Voru_kinnistusamet, lk 18
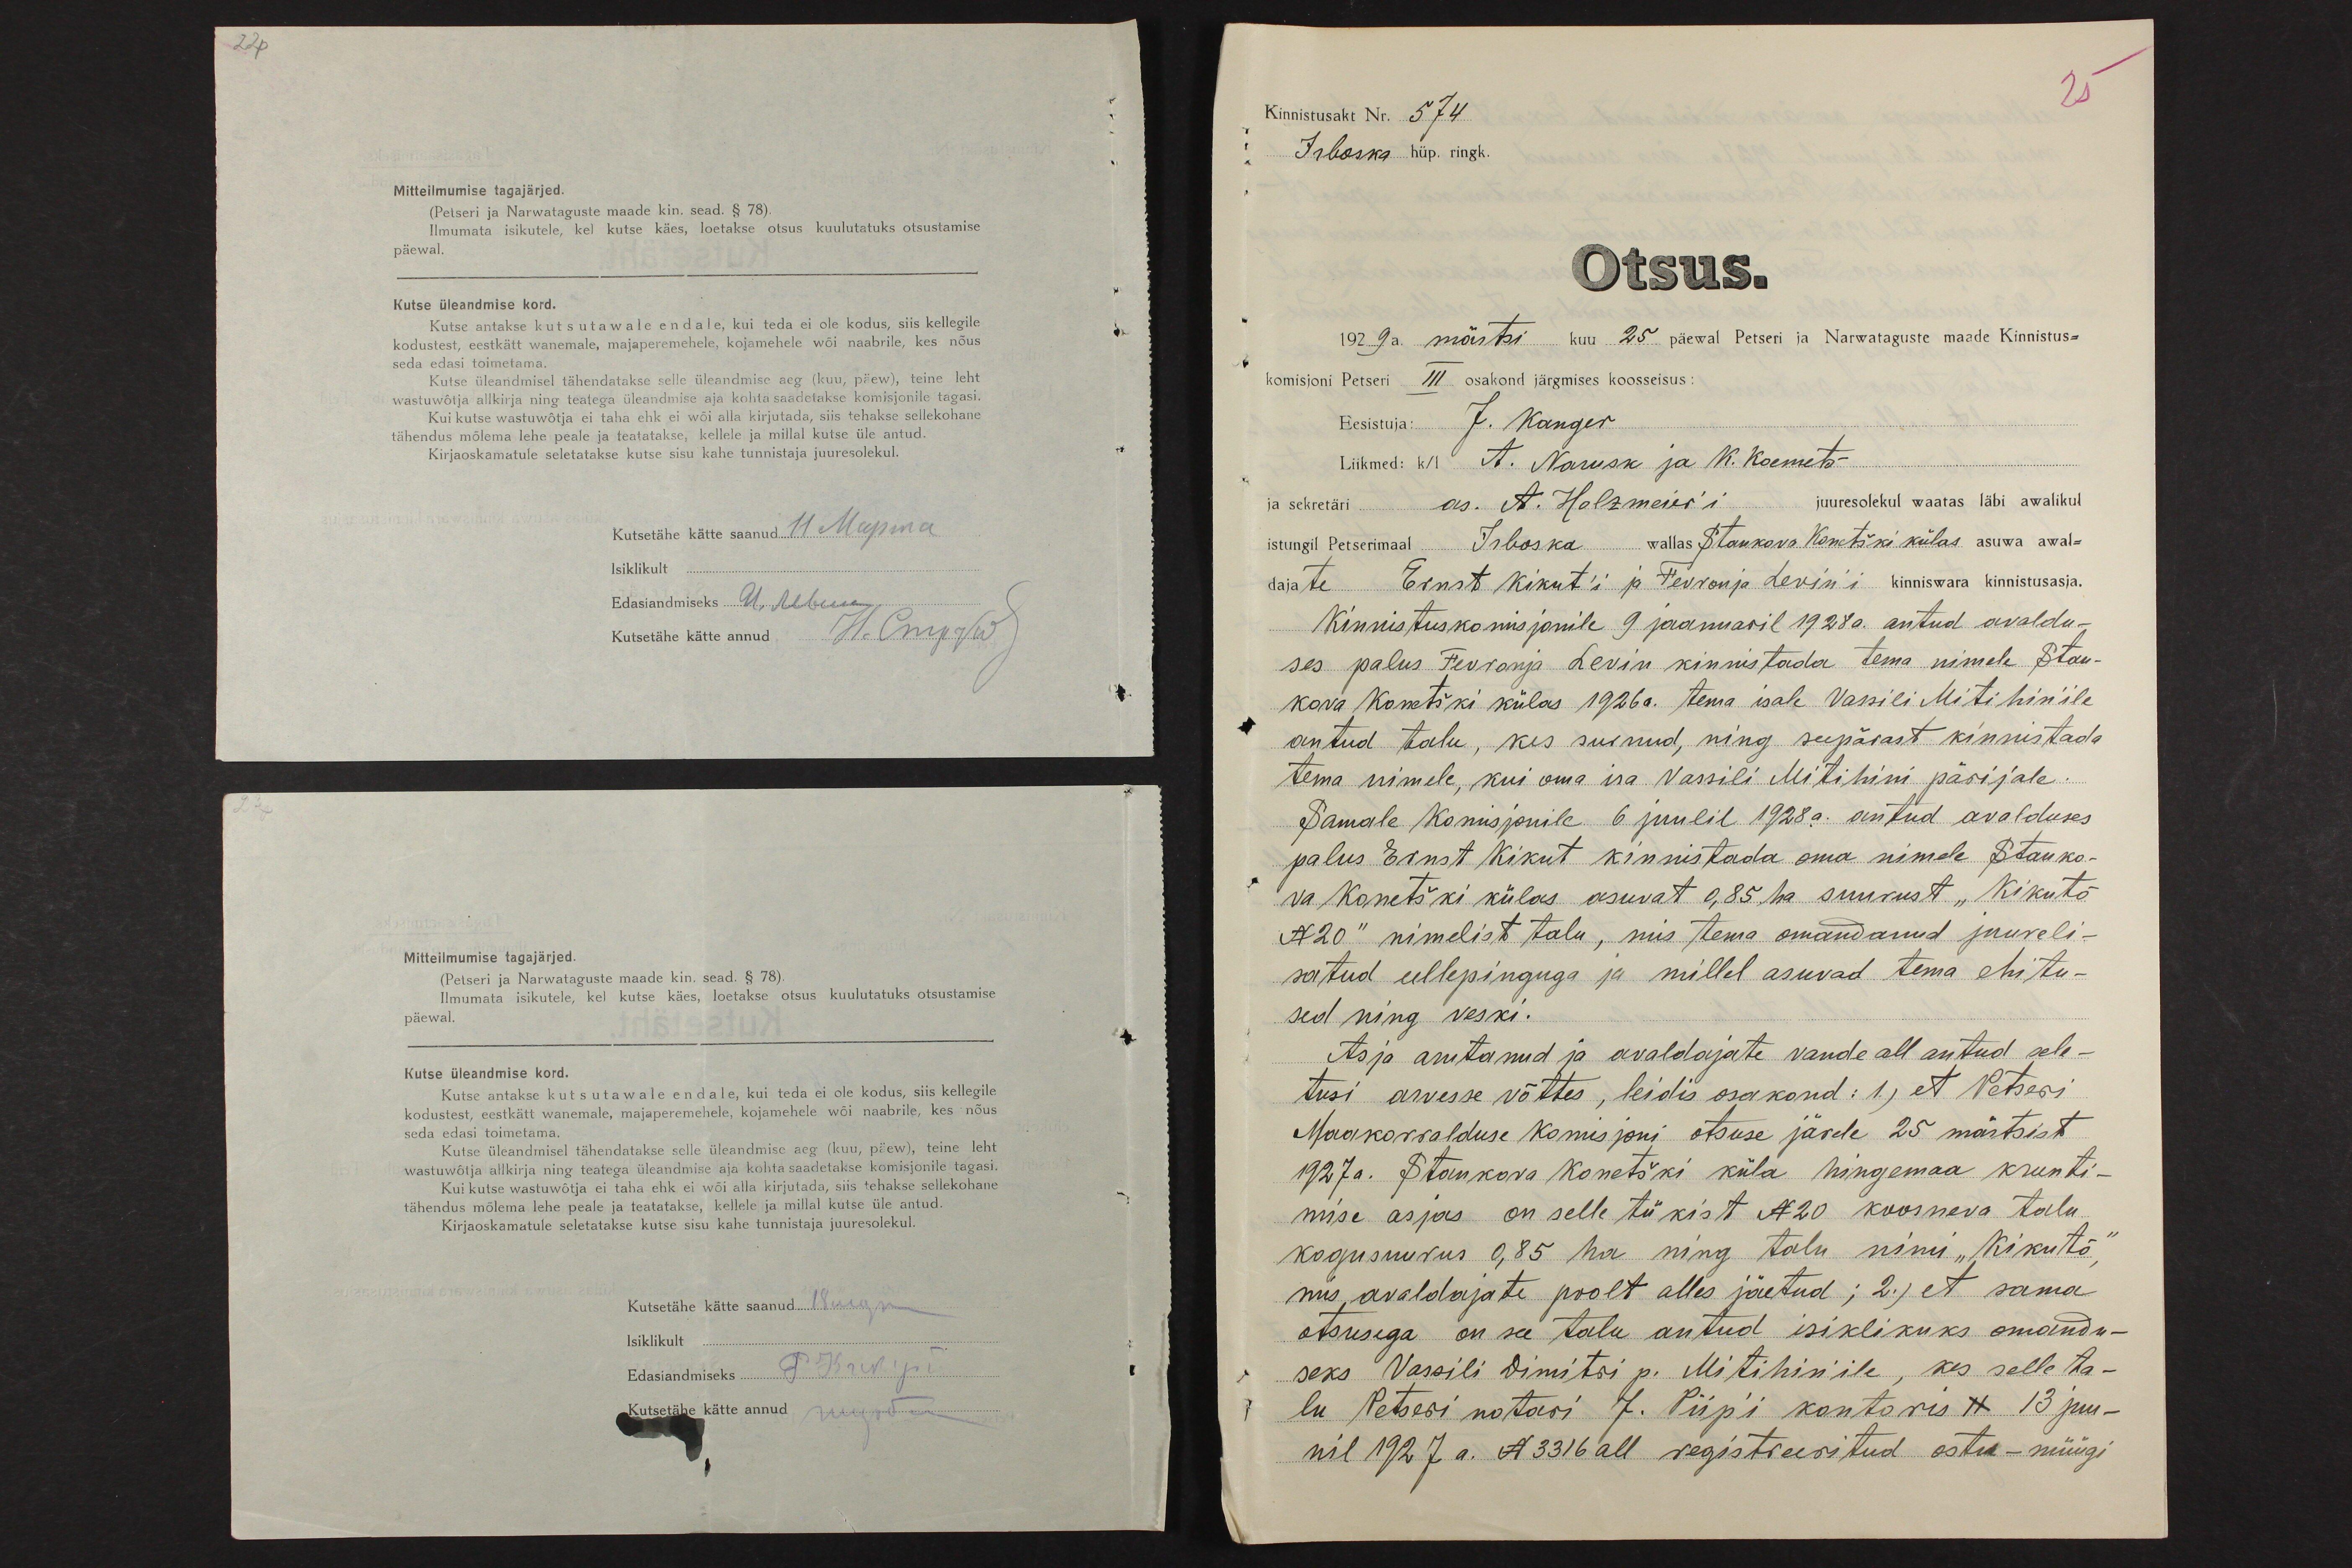
22p
Mitteilmumise tagajärjed.
(Petseri ja Narwataguste maade kin. sead. § 78).
Ilmumata isikutele, kel kutse käes, loetakse otsus kuulutatuks otsustamise
päewal.
Kutse üleandmise kord.
Kutse antakse kutsutawale endale, kui teda ei ole kodus, siis kellegile
kodustest, eestkätt wanemale, majaperemehele, kojamehele wõi naabrile, kes nõus
seda edasi toimetama.
Kutse üleandmisel tähendatakse selle üleandmise aeg (kuu, päew), teine leht
wastuwõtja allkirja ning teatega üleandmise aja kohta saadetakse komisjonile tagasi.
Kui kutse wastuwõtja ei taha ehk ei wõi alla kirjutada, siis tehakse sellekohane
tähendus mõlema lehe peale ja teatatakse, kellele ja millal kutse üle antud.
Kirjaoskamatule seletatakse kutse sisu kahe tunnistaja juuresolekul.
Kutsetähe kätte saanud 11
Isiklikult
Edasiandmiseks
Kutsetähe kätte annud

Mitteilmumise tagajärjed.
(Petseri ja Narwataguste maade kin. sead. § 78).
Ilmumata isikutele, kel kutse käes, loetakse otsus kuulutatuks otsustamise
päewal.
Kutse üleandmise kord.
Kutse antakse kutsutawale endale, kui teda ei ole kodus, siis kellegile
kodustest, eestkätt wanemale, majaperemehele, kojamehele wõi naabrile, kes nõus
seda edasi toimetama.
Kutse üleandmisel tähendatakse selle üleandmise aeg (kuu, päew), teine leht
vastuwõtja allkirja ning teatega üleandmise aja kohta saadetakse komisjonile tagasi.
Kui kutse wastuwõtja ei taha ehk ei wõi alla kirjutada, siis tehakse sellekohane
tähendus mõlema lehe peale ja teatatakse, kellele ja millal kutse üle antud.
Kirjaoskamatule seletatakse kutse sisu kahe tunnistaja juuresolekul.
Kutsetähe kätte saanud 18
Isiklikult
Edasiandmiseks
Kutsetähe kätte annud

Kinnistusakt Nr. 574
25
Irboska hüp. ringk.
Otsus.
1929 a. märtsi kuu 25 päewal Petseri ja Narwataguste maade Kinnistus-
komisjoni Petseri III osakond järgmises koosseisus:
Eesistuja: J. Kanger
Liikmed: k/l A. Narusk ja K. Koemets
ja sekretäri as. A. Holzmeier'i juuresolekul waatas läbi awalikul
istungil Petserimaal Irboska wallas Stankova Konetški külas asuwa awal-
dajate Ernst Kikut'i ja Fevronja Levin'i kinniswara kinnistusasja.
Kinnistuskomisjonile 9 jaanuaril 1928a. antud avaldu-
ses palus Fevronja Levin kinnistada tema nimele Stan-
kova Konetški külas 1926 a. tema isale Vassili Mitihinile
antud talu, kes surnud, ning seepärast kinnistada
tema nimele, kui oma isa Vassili Mitihini pärijale.
Samale Komisjonile 6 juulil 1928 a. antud avalduses
palus Ernst Kikut kinnistada oma nimele Stanko-
va Konetški külas asuvat 0,85 ha suurust "Kikutõ
N20" nimelist talu, mis tema omandanud juureli-
satud eellepinguga ja millel asuvad tema ehitu-
sed ning veski.
Asja arutanud ja avaldajate vande all antud sele-
tusi arvesse võttes, leidis osakond: 1.) et Petseri
Maakorralduse Komisjoni otsuse järele 25 märtsist
1927 a. Stankova Konetški küla hingemaa krunti-
mise asjas on selle tükist N20 koosneva talu
kogusuurus 0,85 ha ning talu nimi "Kikutõ",
mis, avaldajate poolt alles jäetud; 2.) et sama
otsusega on see talu antud isiklikuks omandu-
seks Vassili Dimitri p. Mitihinile, kes selle ta-
lu Petseri notari J. Piip'i kontoris 11 13 juu-
nil 1927 a. N 3316 all registreeritud ostu - müügi